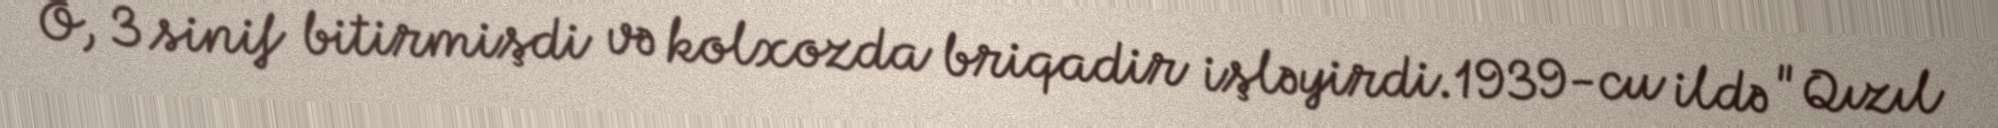
O, 3 sinif bitirmişdi və kolxozda briqadir işləyirdi.1939-cu ildə "Qızıl